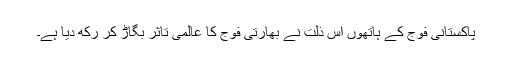
پاکستانی فوج کے ہاتھوں اس ذلت نے بھارتی فوج کا عالمی تاثر بگاڑ کر رکھ دیا ہے۔